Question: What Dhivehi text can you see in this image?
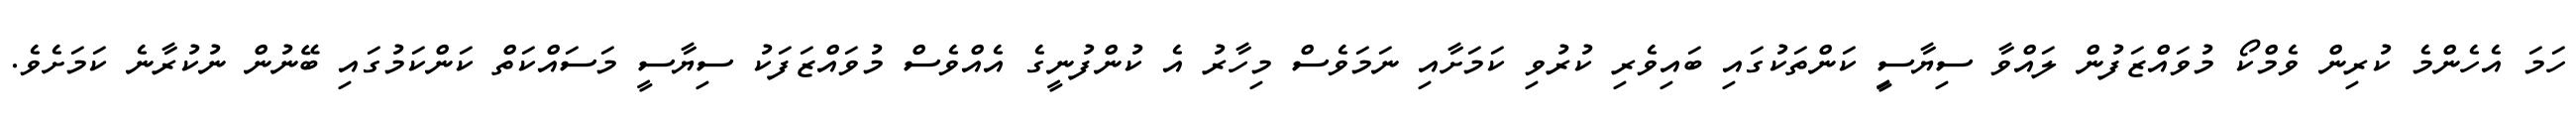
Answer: ހަމަ އެހެންމެ ކުރިން ވެމްކޯ މުވައްޒަފުން ލައްވާ ސިޔާސީި ކަންތަކުގައި ބައިވެރި ކުރުވި ކަމަށާއި ނަމަވެސް މިހާރު އެ ކުންފުނީގެ އެއްވެސް މުވައްޒަފަކު ސިޔާސީ މަސައްކަތް ކަންކަމުގައި ބޭނުން ނުކުރާނެ ކަމަށެވެ.